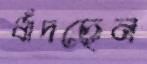
ধাঁদছেন